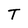
Character: T